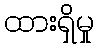
ထားရှိမှု